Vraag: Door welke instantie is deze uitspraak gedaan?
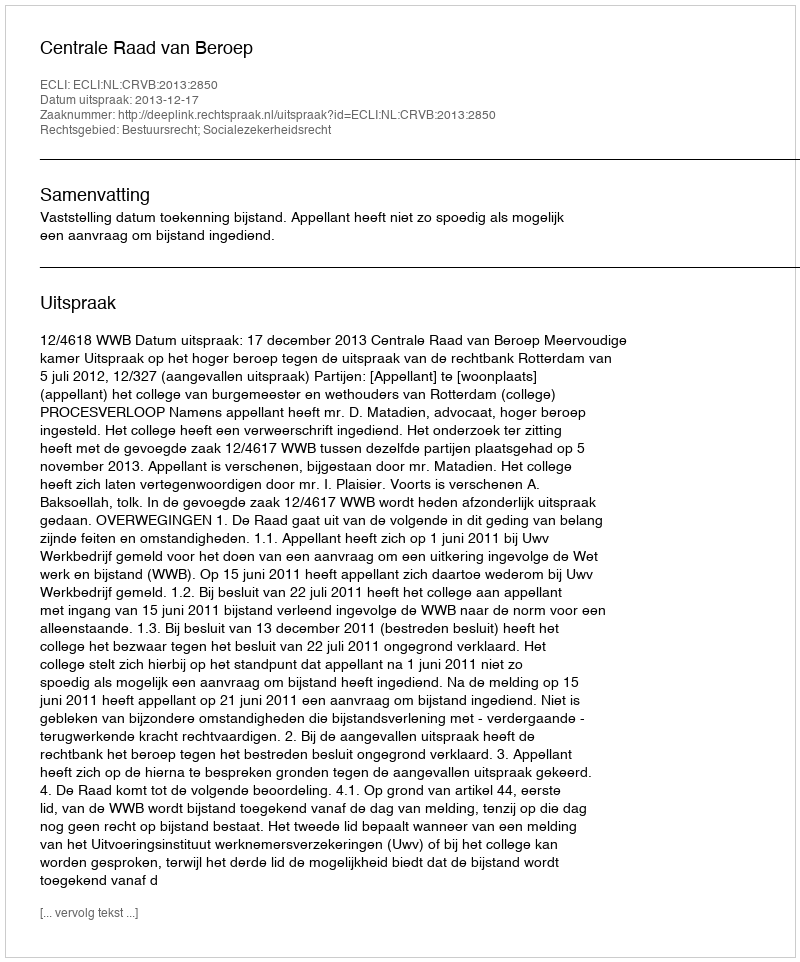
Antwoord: Centrale Raad van Beroep